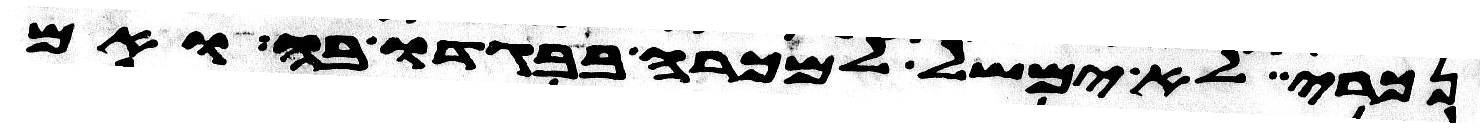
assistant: נכרי לא ימשל למכרה בבגדו בה ואם